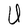
Character: U